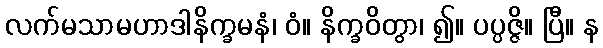
လက်မသာမဟာဒါနိက္ခမနံ၊ ဝံ။ နိက္ခဝိတွာ၊ ၍။ ပပ္ပဇ္ဇိ။ ပြီ။ န